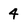
Character: 4